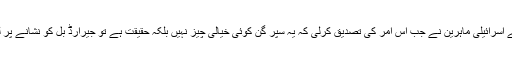
اسلحے کے اسرائیلی ماہرین نے جب اس امر کی تصدیق کرلی کہ یہ سپر گن کوئی خیالی چیز نہیں بلکہ حقیقت ہے تو جیرارڈ بُل کو نشانے پر لے لیا گیا۔